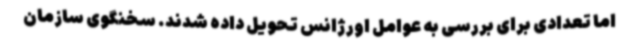
اما تعدادی برای بررسی به عوامل اورژانس تحویل داده شدند. سخنگوی سازمان